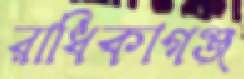
রাধিকাগঞ্জ